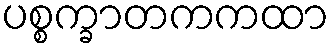
ပစ္စက္ခာတကကထာ